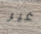
غير